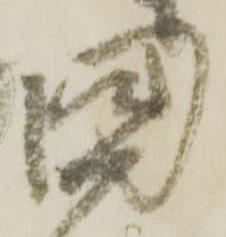
国